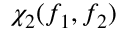
\chi _ { 2 } ( f _ { 1 } , f _ { 2 } )